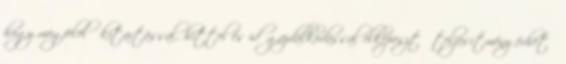
hogy megfelelő kitartással, hittel és időgazdálkodással elképesztő teljesítmény érhető